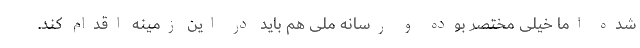
شده اما خیلی مختصر بوده و رسانه ملی هم باید در این زمینه اقدام کند.